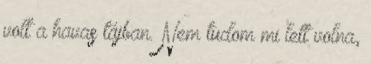
volt a havas tájban. Nem tudom mi lett volna,